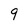
Character: 9